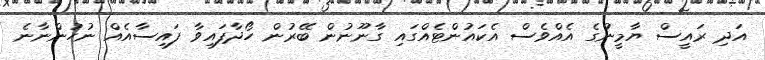
އަދި ރައީސް ޔާމީނުގެ އެއްވެސް އެކައުންޓެއްގައި ގާނޫނުން ބޭރުން ހޯދާފައިވާ ފައިސާއެއް ނުހުންނާނެ